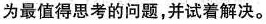
为最值得思考的问题，并试着解决。